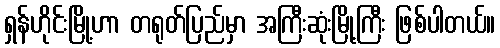
ရှန်ဟိုင်းမြို့ဟာ တရုတ်ပြည်မှာ အကြီးဆုံးမြို့ကြီး ဖြစ်ပါတယ်။